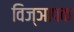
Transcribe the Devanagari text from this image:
विज्ञापक